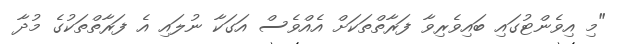
"މި އިވެންޓުގައި ބައިވެރިވާ ފަރާތްތަކަށް އެއްވެސް އަގަކާ ނުލައި އެ ފަރާތްތަކުގެ މުދާ